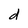
Character: d